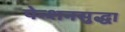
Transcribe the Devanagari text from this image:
पेन्शनसुद्धा